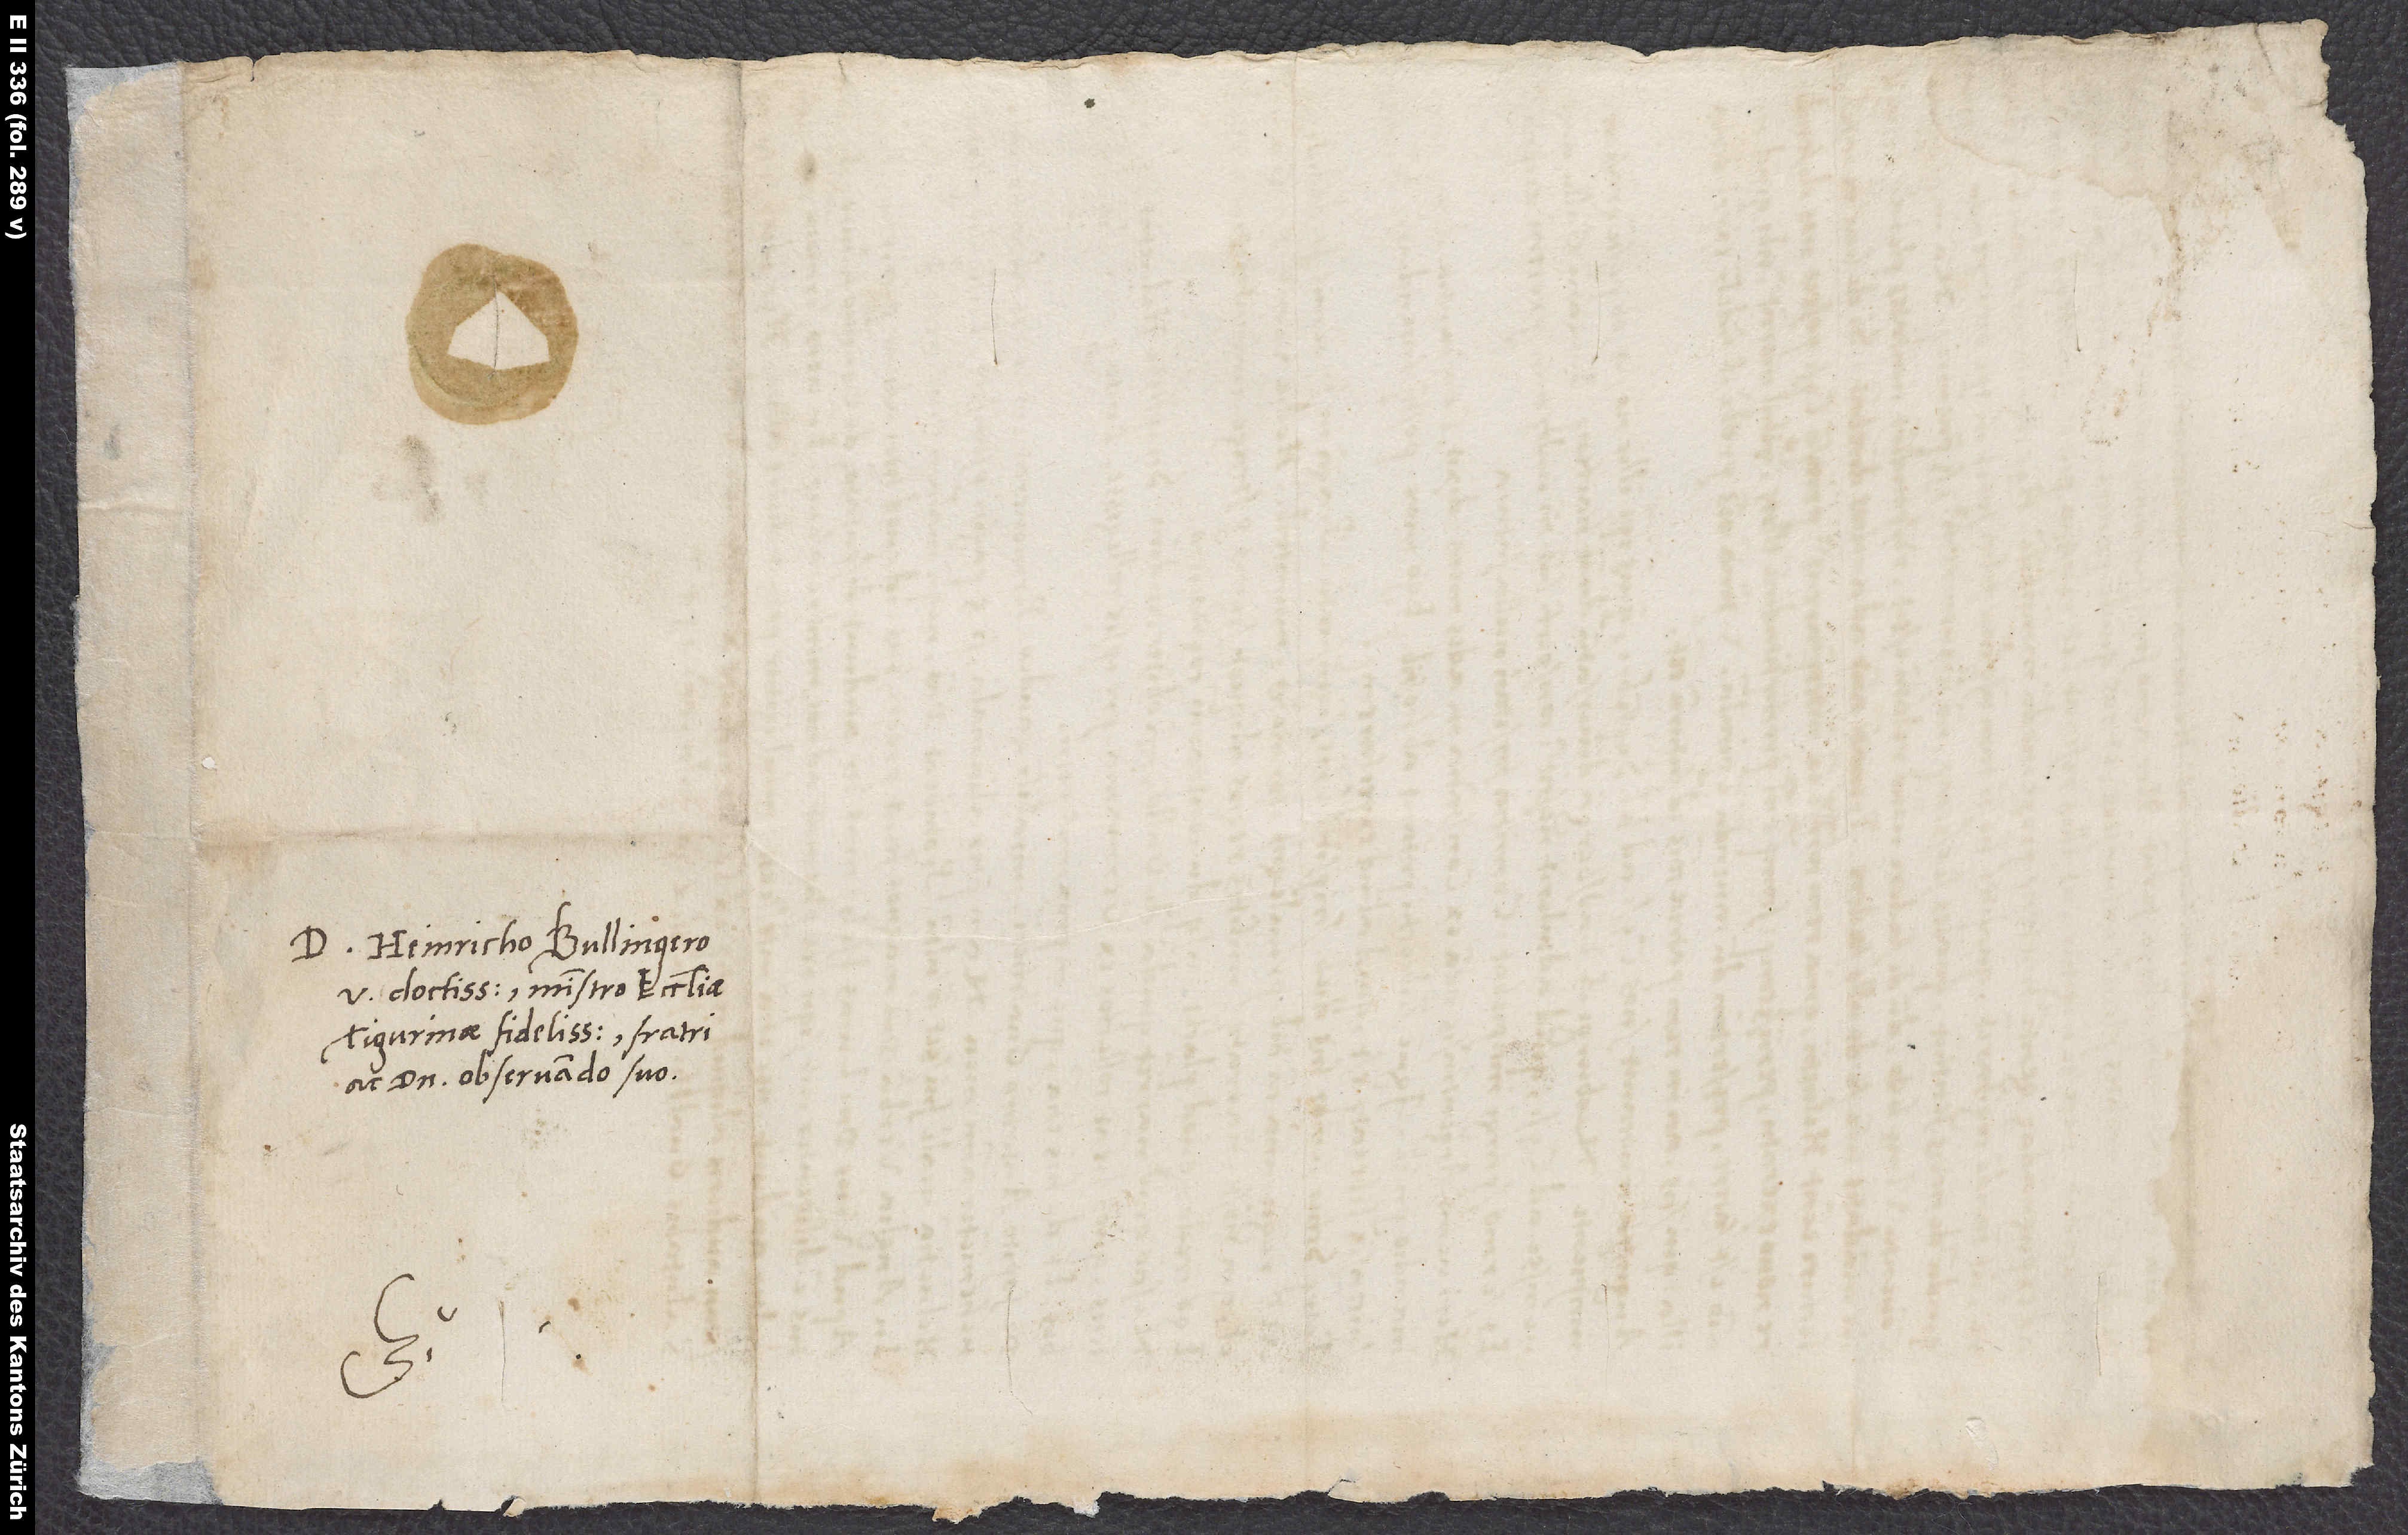
S.